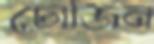
চোজিন